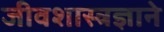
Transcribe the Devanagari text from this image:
जीवशास्त्रज्ञाने